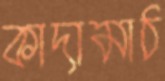
কাদামাঠ